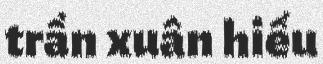
trần xuân hiếu